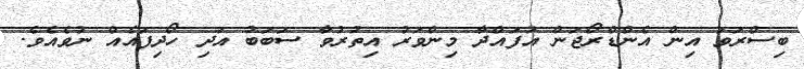
ބިސްރަވަ އިން އެންޑްރޯޖަން އުފައްދާ މިންވަރު އިތުރުވާ ސަބަބު އަދި ހޯދިފައެއް ނުވެއެވެ.